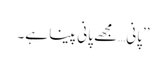
’’پانی…مجھے پانی پینا ہے۔